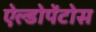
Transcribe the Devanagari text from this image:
ऐल्डोपेंटोस